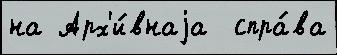
на Арх'и́внаjа  спра́ва